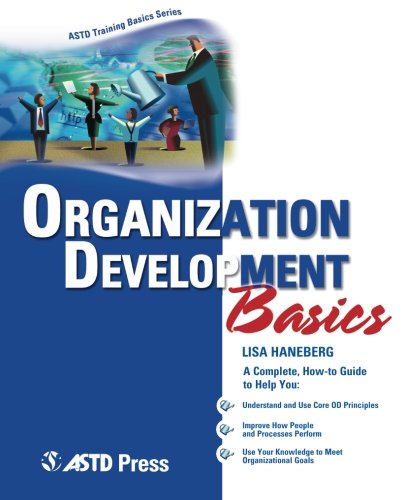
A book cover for Organization Development Basics (ASTD Training Basics); Lisa Haneberg; Business & Money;